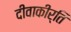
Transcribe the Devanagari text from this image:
दीवाकीर्ति